Vaccine operations Central Provinces 1900-1911 - 1900-1911
Year: 1900
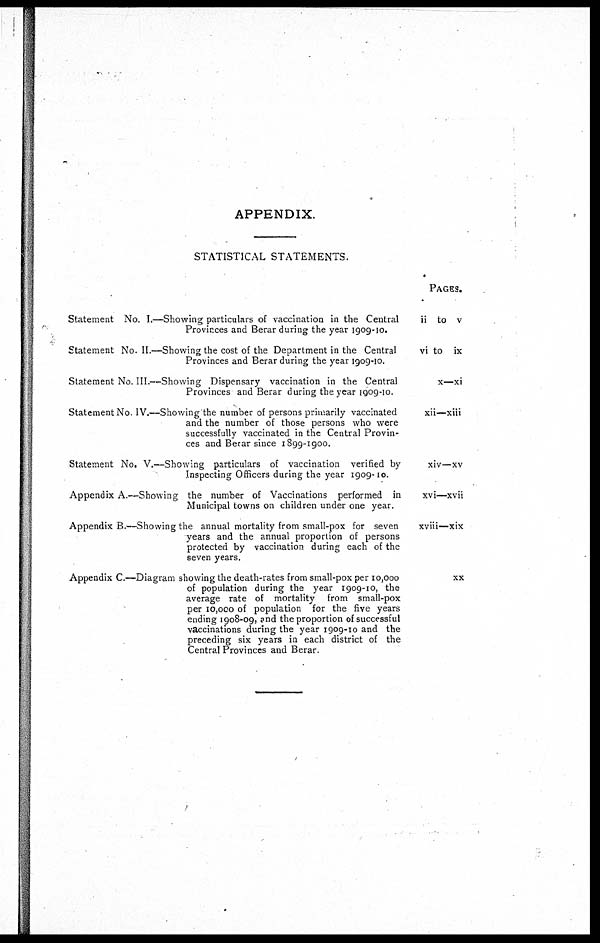
APPENDIX.
STATISTICAL STATEMENTS.
Statement No. I.—Showing particulars of vaccination in the Central
Provinces and Berar during the year 1909-10.
Statement No. II.—Showing the cost of the Department in the Central
Provinces and Berar during the year 1909-10.
Statement No. III.—Showing Dispensary vaccination in the Central
Provinces and Berar during the year 1909-10.
Statement No. IV.—Showing the number of persons primarily vaccinated
and the number of those persons who were
successfully vaccinated in the Central Provin-
ces and Berar since 1899-1900.
Statement No. V.—Showing particulars of vaccination verified by
Inspecting Officers during the year 1909-10.
Appendix A.—Showing the number of Vaccinations performed in
Municipal towns on children under one year.
Appendix B.—Showing the annual mortality from small-pox for seven
years and the annual proportion of persons
protected by vaccination during each of the
seven years.
Appendix C.—Diagram showing the death-rates from small-pox per 10,000
of population during the year 1909-10, the
average rate of mortality from small-pox
per 10,000 of population for the five years
ending 1908-09, and the proportion of successful
vaccinations during the year 1909-10 and the
preceding six years in each district of the
Central Provinces and Berar.
PAGES.
ii to v
vi to ix
x—xi
xii—xiii
xiv—xv
xvi—xvii
xviii—xix
XX